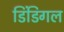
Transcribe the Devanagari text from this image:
डिंडिगल